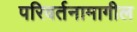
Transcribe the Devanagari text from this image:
परिवर्तनामागील